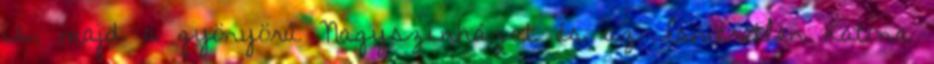
is, majd a gyönyörű Nagyszínházat és az Ismeretlen katona